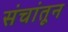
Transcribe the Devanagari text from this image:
संचांतून